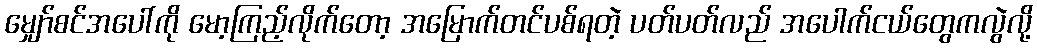
မျှော်စင်အပေါ်ကို မော့ကြည့်လိုက်တော့ အမြောက်တင်ပစ်ရတဲ့ ပတ်ပတ်လည် အပေါက်ငယ်တွေကလွဲလို့